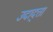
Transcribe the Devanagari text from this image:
उदाद्त्ता